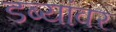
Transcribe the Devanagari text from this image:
डब्यांवर